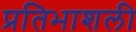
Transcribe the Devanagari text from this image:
प्रतिभाशली